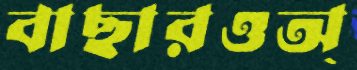
বাছারওঅ্